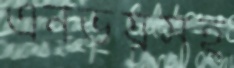
এনভয়সহ